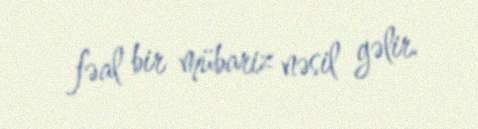
fəal bir mübariz nəsil gəlir.